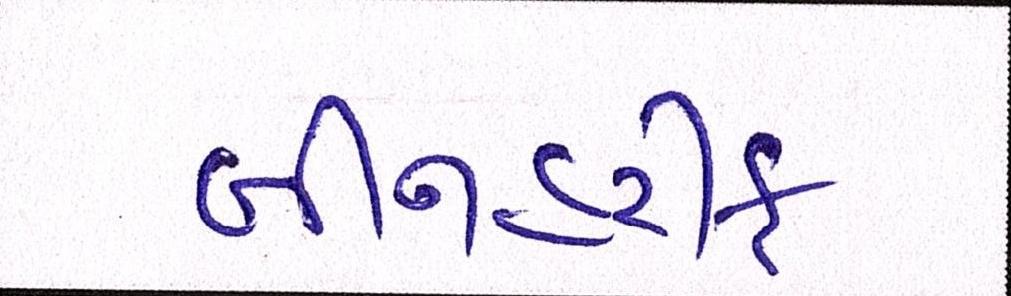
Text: બીનહરીફ